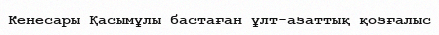
Кенесары Қасымұлы бастаған ұлт-азаттық қозғалыс